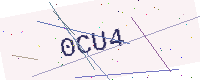
Text: 0CU4